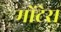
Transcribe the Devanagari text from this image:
मोंटेरा